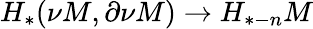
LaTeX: H_{*}(\nu M,\partial\nu M)\to H_{*-n}M